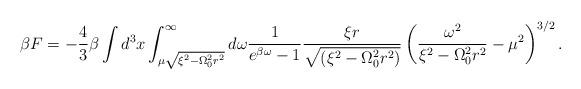
LaTeX: \begin{align*}\beta F = - \frac{4}{3} \beta \int d^3 x \int_{\mu \sqrt{ \xi^2 - \Omega_0^2 r^2 } }^\infty d \omega \frac{1}{e^{\beta \omega } - 1 } \frac{\xi r}{\sqrt{( \xi^2 - \Omega_0^2 r^2 )}}\left( \frac{\omega^2 }{ \xi^2 - \Omega_0^2 r^2 } - \mu^2 \right)^{3/2}.\end{align*}